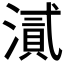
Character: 𭲘